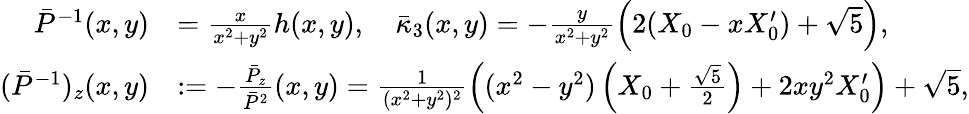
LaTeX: \begin{array}{rl}{\bar{P}^{-1}(x,y)}&{=\frac{x}{x^{2}+y^{2}}h(x,y),\quad\bar{\kappa}_{3}(x,y)=-\frac{y}{x^{2}+y^{2}}\left(2(X_{0}-xX_{0}^{\prime})+\sqrt{5}\right),}\\ {(\bar{P}^{-1})_{z}(x,y)}&{:=-\frac{\bar{P}_{z}}{\bar{P}^{2}}(x,y)=\frac{1}{(x^{2}+y^{2})^{2}}\left((x^{2}-y^{2})\left(X_{0}+\textstyle\frac{\sqrt{5}}{2}\right)+2xy^{2}X_{0}^{\prime}\right)+\sqrt{5},}\end{array}